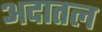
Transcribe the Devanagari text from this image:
अदातल